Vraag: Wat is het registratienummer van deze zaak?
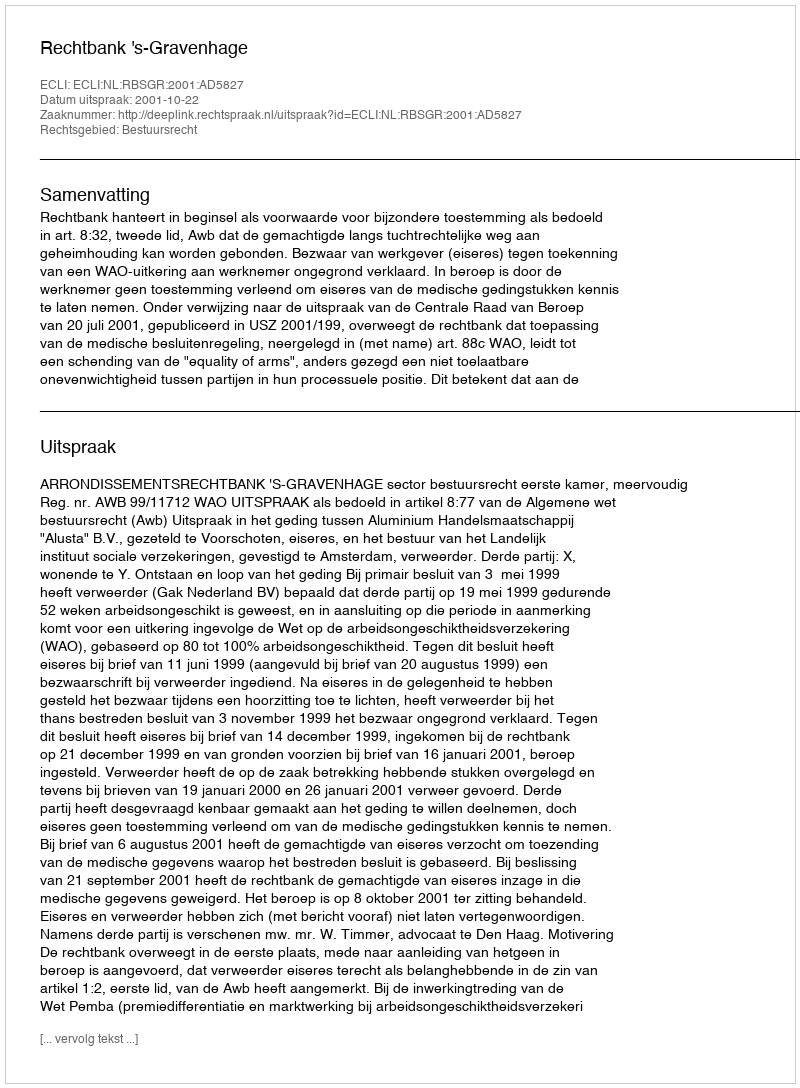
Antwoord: http://deeplink.rechtspraak.nl/uitspraak?id=ECLI:NL:RBSGR:2001:AD5827